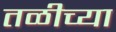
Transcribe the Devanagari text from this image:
तळीच्या